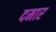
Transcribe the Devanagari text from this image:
दमार